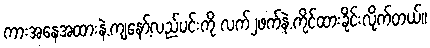
ကားအနေအထားနဲ.ကျနော့်လည်ပင်းကို လက်၂ဖက်နဲ.ကိုင်ထားခိုင်းလိုက်တယ်။